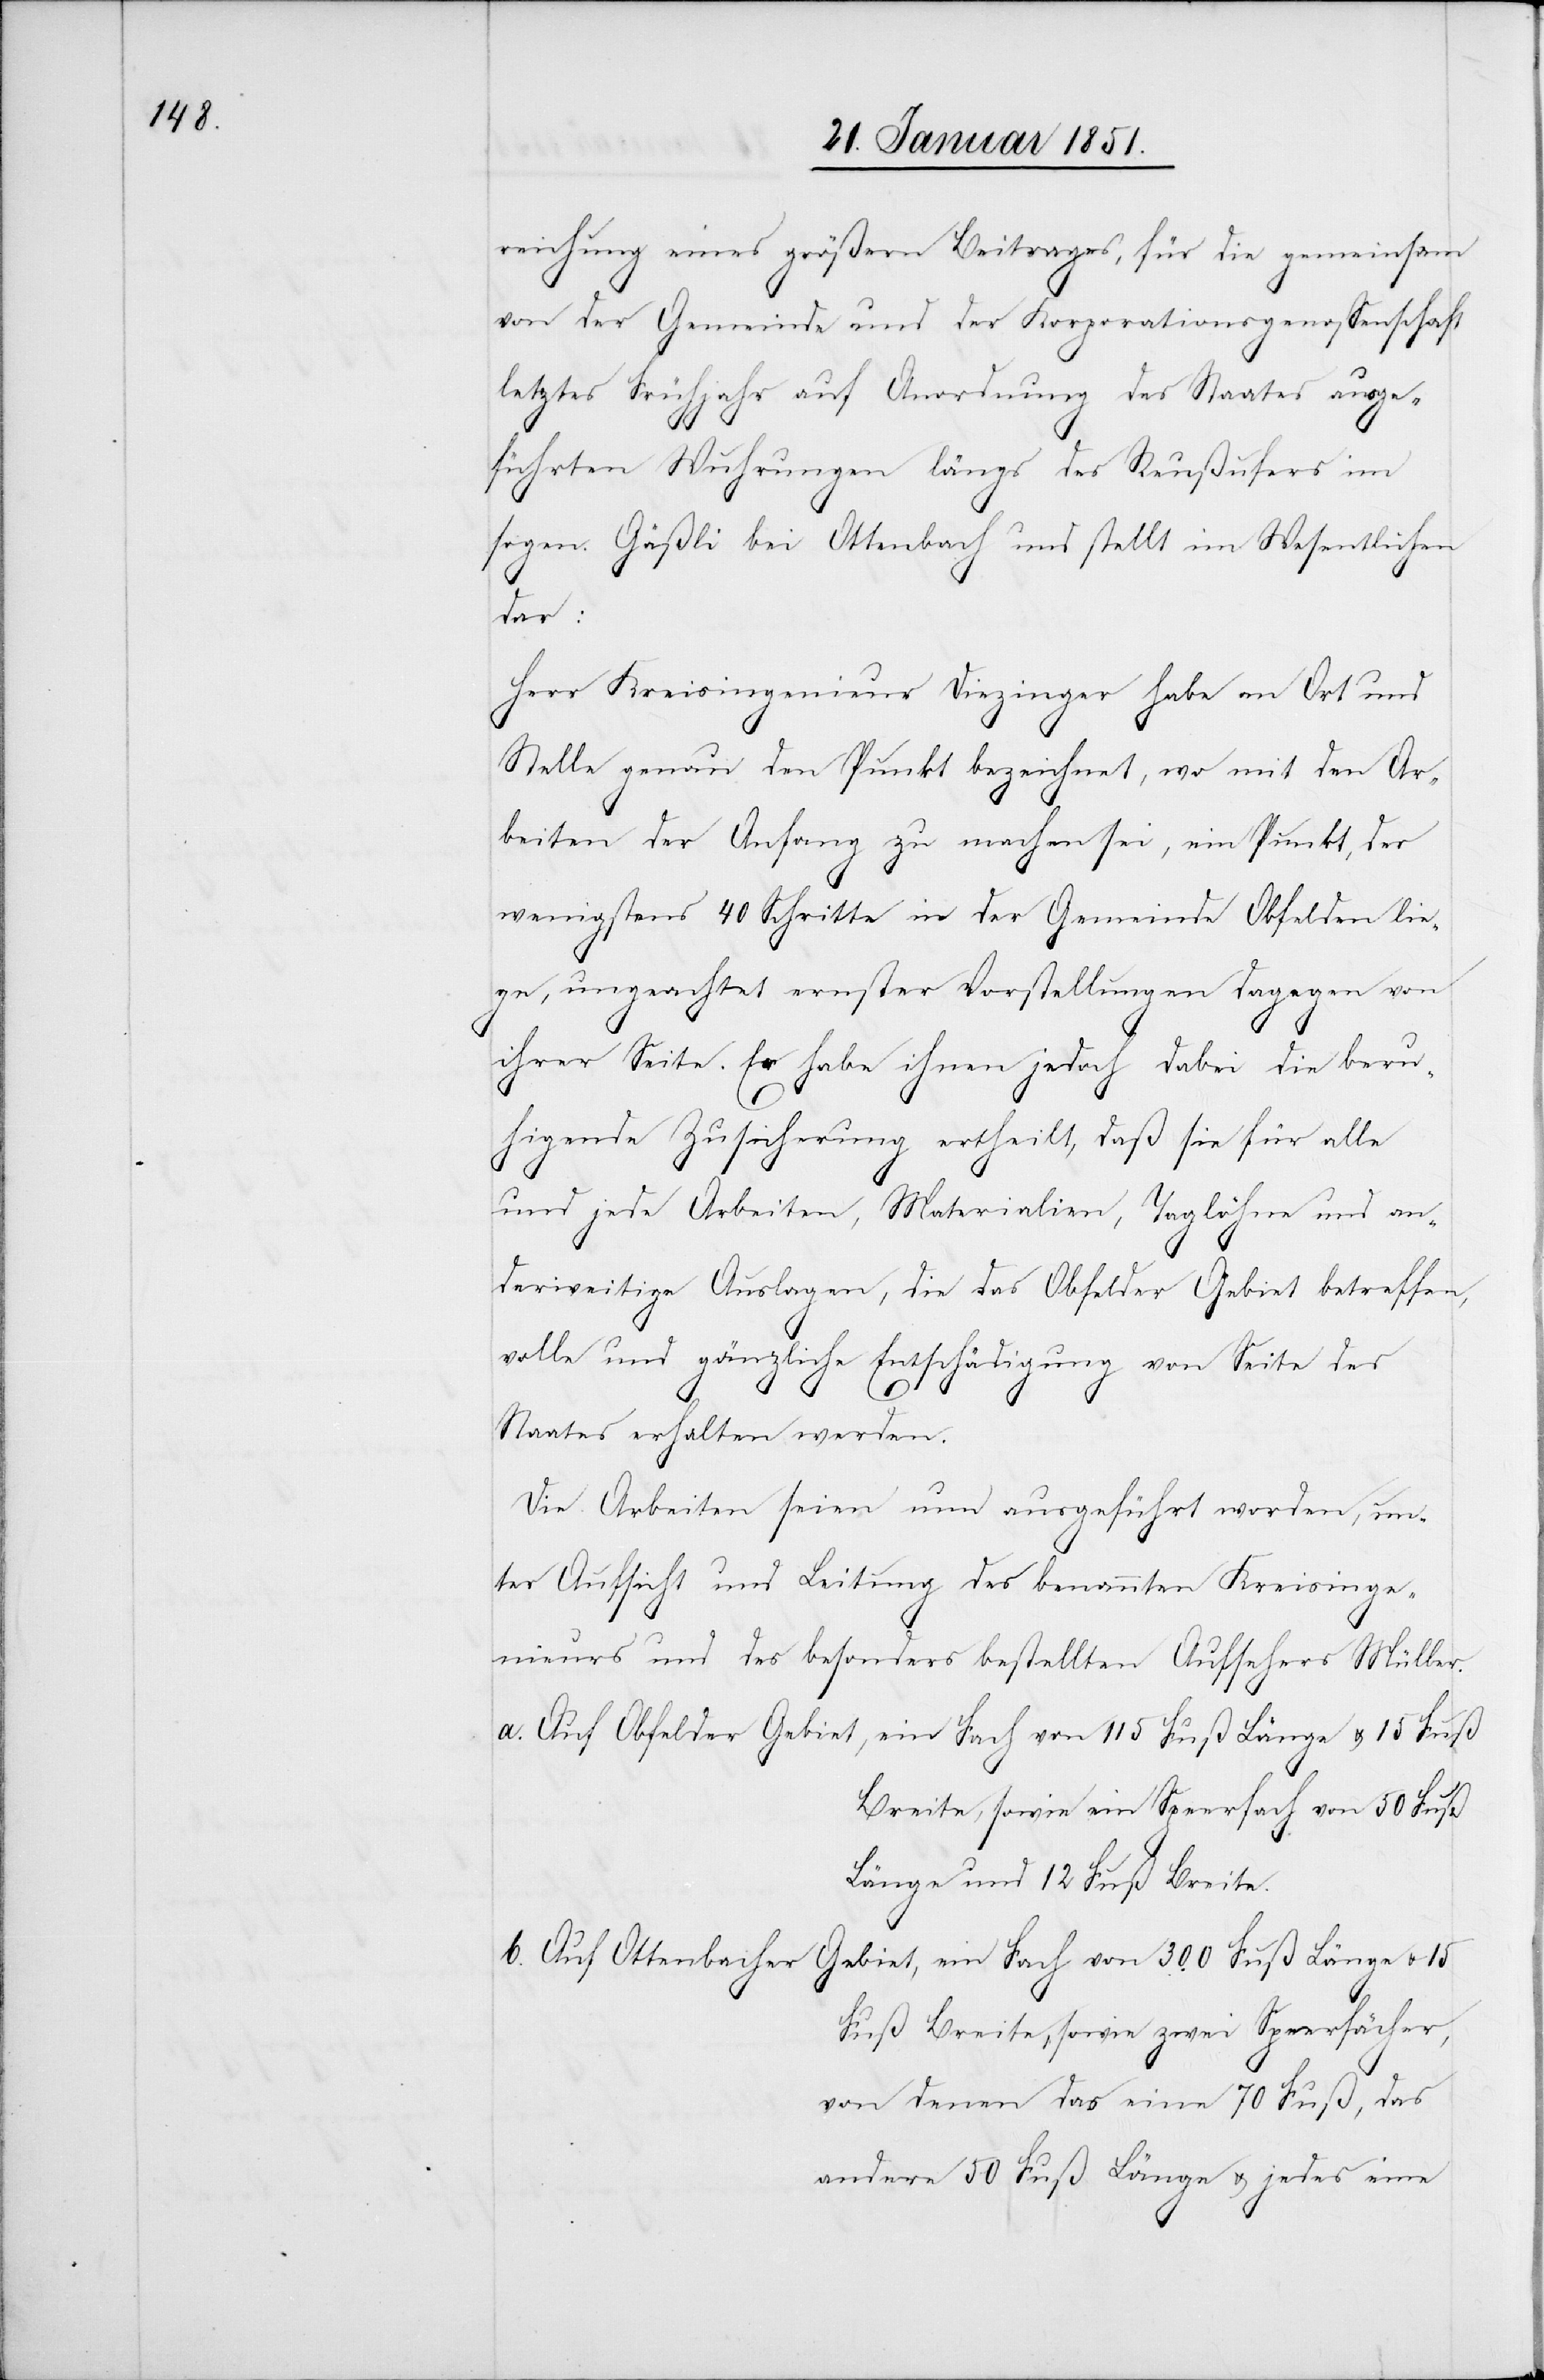
reichung eines größern Beitrages, für die gemeinsam
von der Gemeinde und der Korporationsgenossenschaft
letztes Frühjahr auf Anordnung des Staates ausge¬
führten Wuhrungen längs des Reußufers im
sogen. Gäßli bei Ottenbach und stellt im Wesentlichen
dar:
Herr Kreisingenieur Diezinger habe an Ort und
Stelle genau den Punkt bezeichnet, wo mit den Ar¬
beiten der Anfang zu machen sei, ein Punkt, der
wenigstens 40 Schritte in der Gemeinde Obfelden lie¬
ge, ungeachtet ernster Vorstellungen dagegen von
ihrer Seite. Er habe ihnen jedoch dabei die beru¬
higende Zusicherung ertheilt, daß sie für alle
und jede Arbeiten, Materialien, Taglöhne und an¬
derweitige Auslagen, die das Obfelder Gebiet betreffen,
volle und gänzliche Entschädigung von Seite des
115
u. 15
Staates erhalten werden.
Die Arbeiten seien nun ausgeführt worden, un¬
ter Aufsicht und Leitung des benannten Kreisinge¬
a.
nieurs und des besonders bestellten Aufsehers Müller.
Breite, sowie ein Speerfach von 50 Fuß
Länge und 12 Fuß Breite.
b. Auf Ottenbacher
ein Fach von 300 Fuß Länge u. 15
Fuß Breite, sowie zwei Speerfächer,
von denen das eine 70 Fuß, das
andere 50 Fuß Länge u. jedes eine